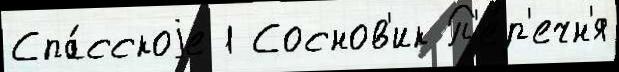
Спа́сскоjе 1 Соснов'ик П'е́р'ечн'я